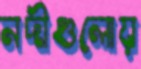
নদীগুলোয়